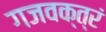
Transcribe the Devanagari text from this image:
गजवक्त्रं